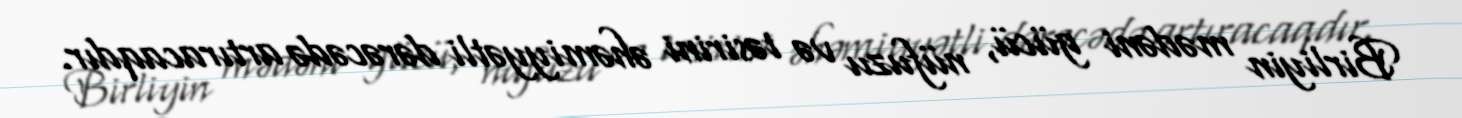
Birliyin mədəni gücü, nüfuzu və təsirini əhəmiyyətli dərəcədə artıracaqdır.